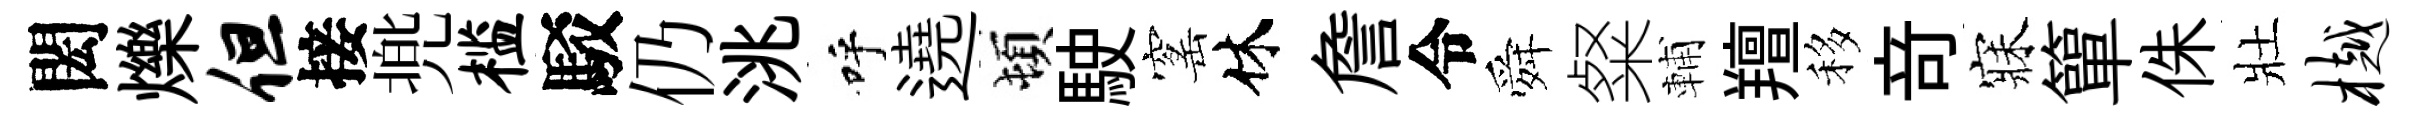
閎爍但接兠槛駁仍洮呼遶頓駛窰休詹令舜粲輔羶移竒寐簞侏壯樾